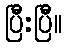
ပြီးပြီ။